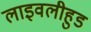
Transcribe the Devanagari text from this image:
लाइवलीहुड